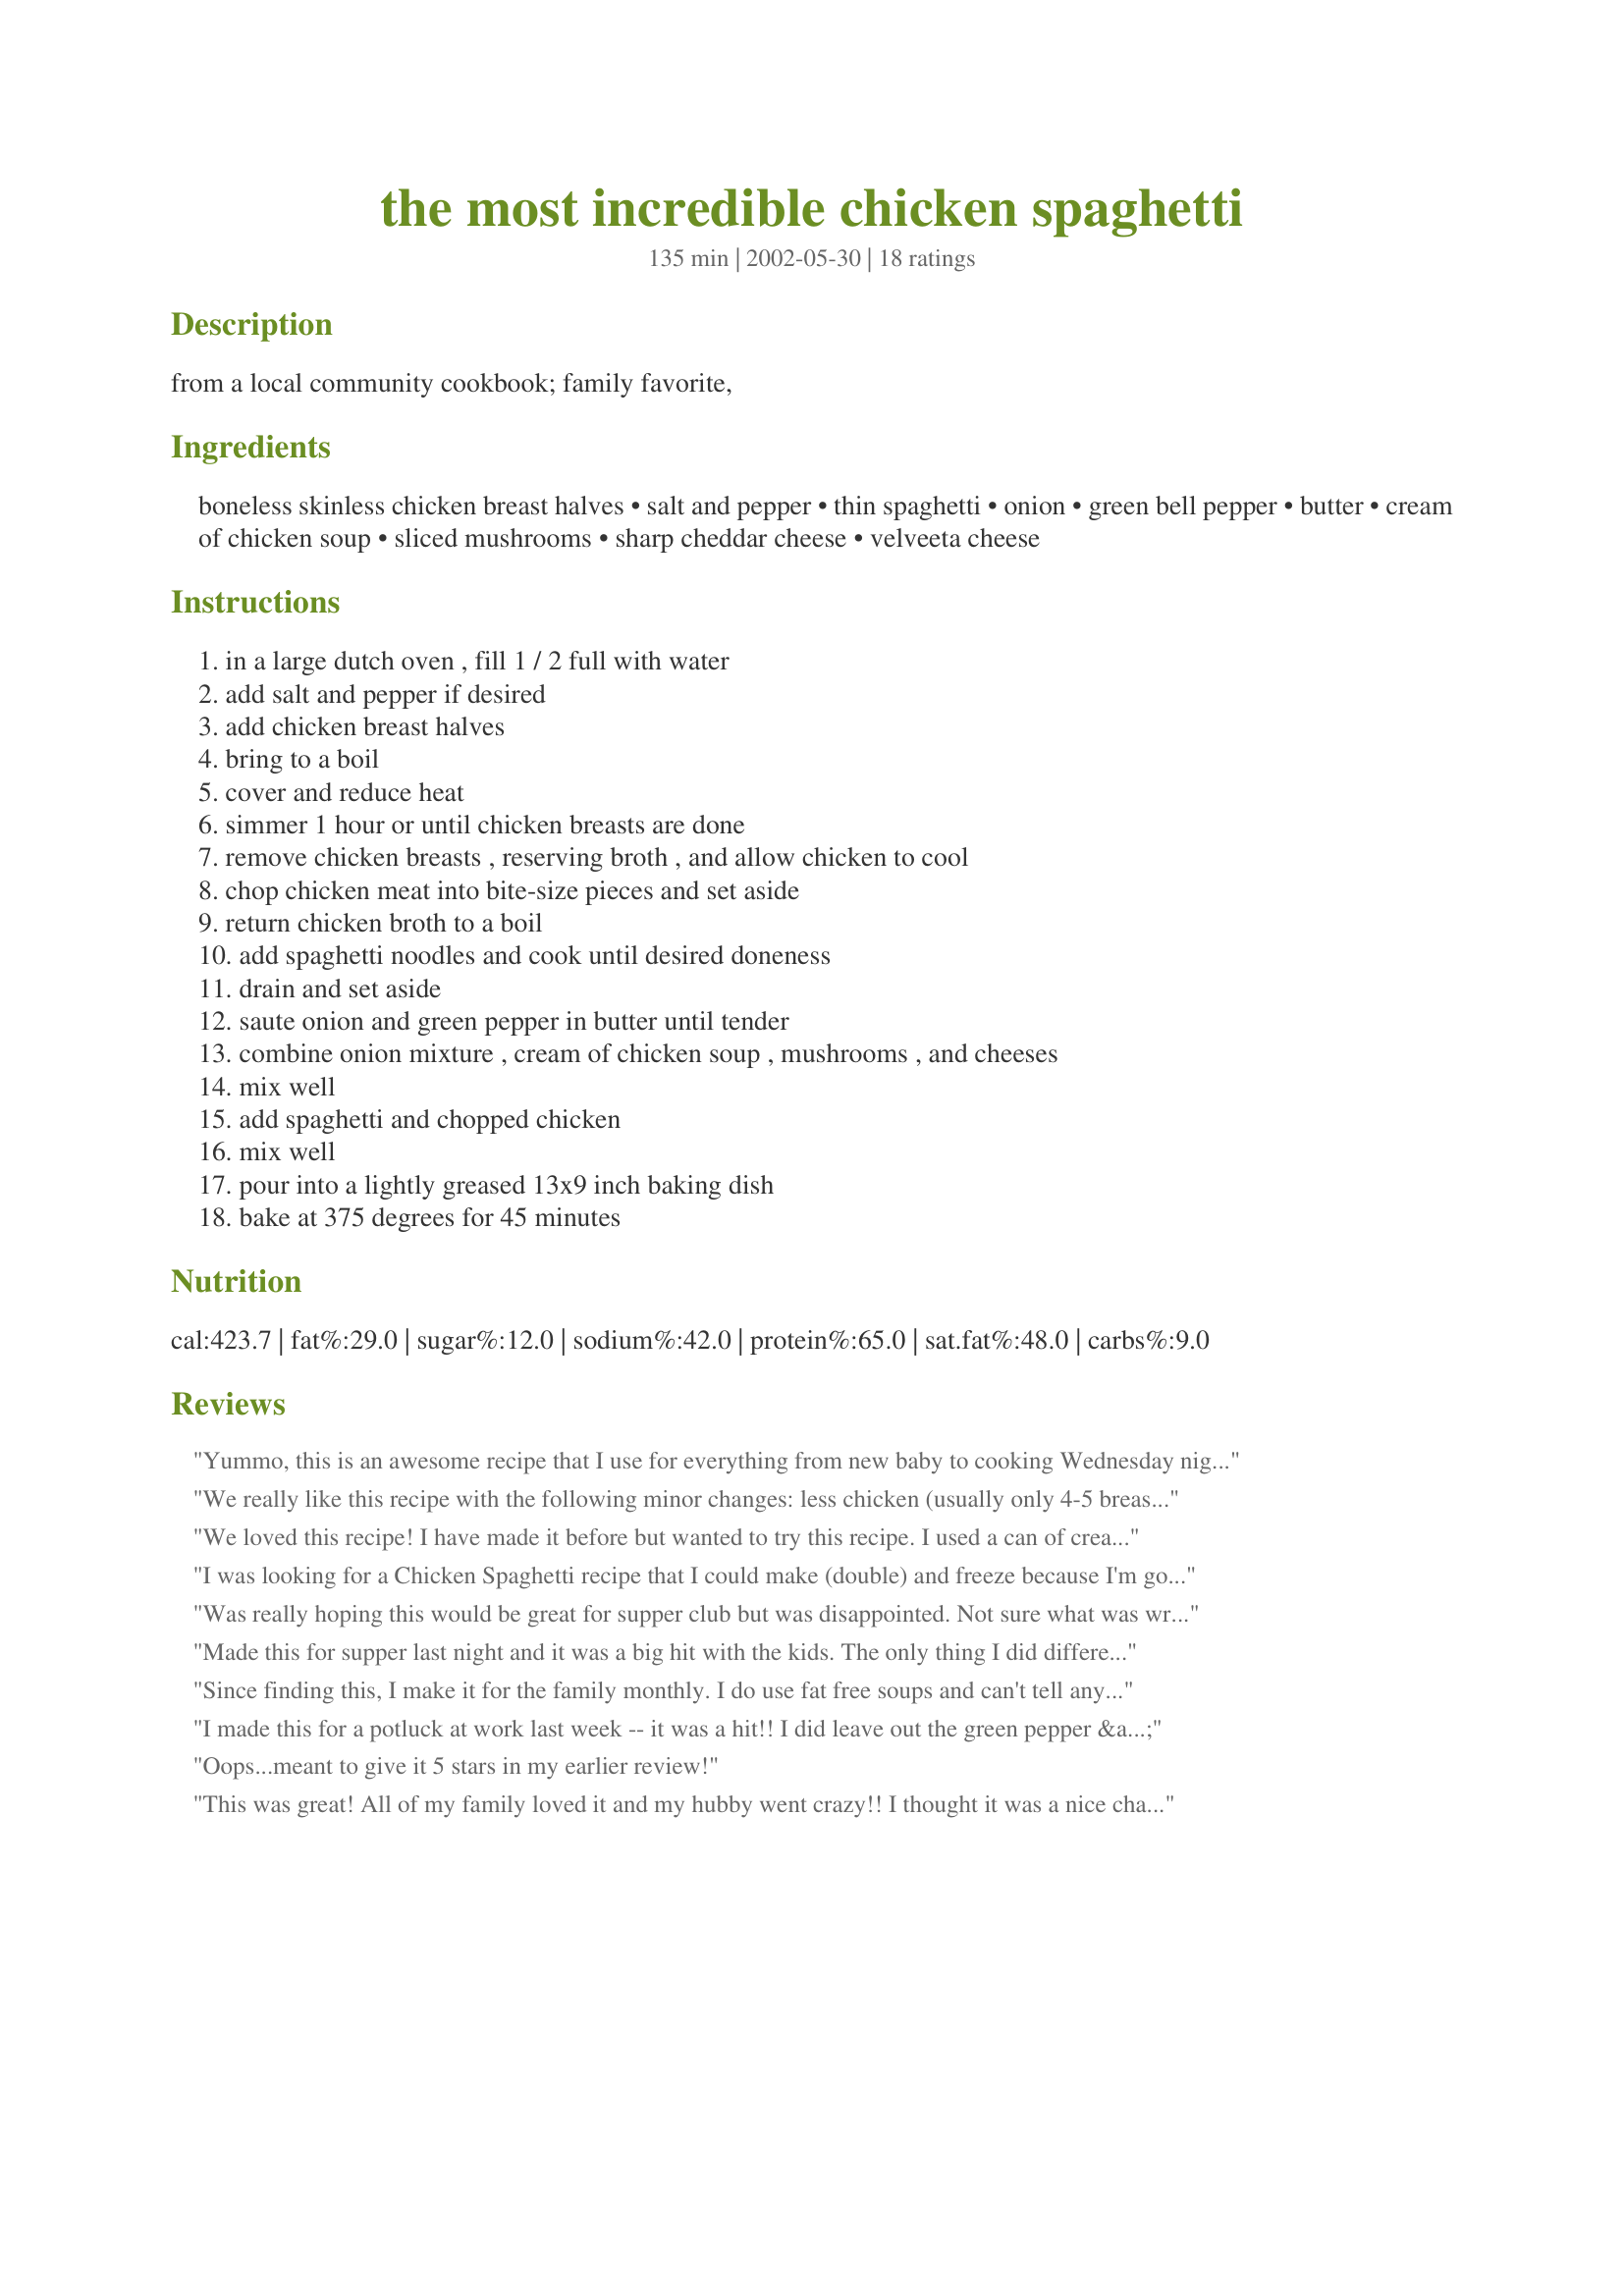
the most incredible chicken spaghetti
Preparation time: 135 minutes

from a local community cookbook; family favorite,

Ingredients:
boneless skinless chicken breast halves, salt and pepper, thin spaghetti, onion, green bell pepper, butter, cream of chicken soup, sliced mushrooms, sharp cheddar cheese, velveeta cheese

Steps:
in a large dutch oven , fill 1 / 2 full with water, add salt and pepper if desired, add chicken breast halves, bring to a boil, cover and reduce heat, simmer 1 hour or until chicken breasts are done, remove chicken breasts , reserving broth , and allow chicken to cool, chop chicken meat into bite-size pieces and set aside, return chicken broth to a boil, add spaghetti noodles and cook until desired doneness, drain and set aside, saute onion and green pepper in butter until tender, combine onion mixture , cream of chicken soup , mushrooms , and cheeses, mix well, add spaghetti and chopped chicken, mix well, pour into a lightly greased 13x9 inch baking dish, bake at 375 degrees for 45 minutes

Reviews:
Yummo, this is an awesome recipe that I use for everything from new baby to cooking Wednesday night suppers for 100 at our church! I use canned chicken for quickness and onion powder instead of onions for "picky" eaters but it is still a HUGE hit!!
We really like this recipe with the following minor changes: less chicken (usually only 4-5 breasts), 1 can Rotel (drained), change 3 cans of cream of chicken soup to 1 each of chicken, mushroom and celery. A little time consuming to make, but worth it!
We loved this recipe! I have made it before but wanted to try this recipe. I used a can of cream of mushroom soup and also added some of the broth before baking so it would not be dry. It was delicious! Thanks!
I was looking for a Chicken Spaghetti recipe that I could make (double) and freeze because I'm going to have surgery next week and my daughter is coming to take care of me with her 3 BOYS! I was happy to see the comment from Faeanne and the good ratings. Can't wait to make this today! I will try to remember to come revise my review once I've tried it. Thanks for posting.
Was really hoping this would be great for supper club but was disappointed. Not sure what was wrong with it, my husband said it was too cheesy but just can't put my finger on why it was not appealing to me. Other chicken spaghetti recipes I see have some type of tomato in it, maybe this would have helped. Sorry. 

Made this for supper last night and it was a big hit with the kids. The only thing I did differently was I sauteed celery with the onion and left out the green pepper, and added about a Tablespoon of chopped roasted red bell pepper more for color than anything. It's definitely a keeper and will make again. Thanks for a great recipe!
Since finding this, I make it for the family monthly. I do use fat free soups and can't tell any difference. Yummy!!!!!
I made this for a potluck at work last week -- it was a hit!! I did leave out the green pepper & while baking, I covered it loosely with foil for the first 30 minutes.
Oops...meant to give it 5 stars in my earlier review!
This was great! All of my family loved it and my hubby went crazy!! I thought it was a nice change from your average spaghetti. Thanks NurseDi!
This was great! I also sauted celery with the onion and bell pepper and doubled the spaghetti and added a can of cream of mushroom soup and a can of rotel for some spice. It was great!
I made this for a potluck, and it was a big hit! When I mixed all the ingredients together, it looked like it might turn out to be a bit dry, but it had lots of sauce and a great flavor. I made a few modifications. I used one can of cream of chicken soup and two cans of cream of mushroom. I left out the green bell pepper and added a can of Rotel. And I added some shredded mozzarella because I didn't have quite enough shredded cheddar. It was scrumptious and pretty easy - the hardest thing was boiling and cutting up the chicken (and that's not hard, just tedious). My husband even liked it, and he's not a big fan of chicken or casseroles! I'll definitely make this again.
This was a recipe I doubled and made OAMC style. I used chicken that I already had cooked & chopped, so preparation was really easy. I followed the directions to step 6. The only deviance I made was I used recipe #18157 in place of the canned soup. After it was all mixed well & cooled off I bagged it into 2 gallon size freezer bags and froze them flat.

I forgot to pull it out of the freezer then night before, so it didn't didn't defrost as long as it should have and the very middle was still slightly frozen. I just broke it into fourths and put those parts in the outside corners of the pan. I sprinkled an italian blend of cheese on top, covered with tin foil and cooked for approx. 45 mins.

We liked it and will make it again. Doing it OAMC style made it super easy and it was a nice change of pace from our normal dinners. I think next time I'm going to serve peas with it (can't put them in because hubby don't like them.)
Very delicious! My family loved it, and it has gone into the "favorite stuff" cookbook. I loved it just the way it is, but I think next time I make it, I'm gonna have to incorporate some cream of mushroom soup into it. And since I'm a cilantro guy, some cilantro for just a touch of color! Thanks NurseDi for a keeper!
This has to be the best chicken spaghetti I've ever had! I halved the recipe using 3 chicken breast and only 1 can of soup, but other thank that I followed the directions exactly. I did cover the dish while baking. The leftovers were even better the next day! Thanks NurseDi for another keeper!
This was excellent. We had it last night for dinner and my hubby wants to have the leftovers again tonight. He's not a leftover kind of guy either! I really enjoyed it. Thank you NurseDi for sharing this.
My 6 year old son was asking for Chicken Spagetti. It was short notice, but choosing a recipe from the chef formerly known as Nurse Di (is that like the artist formerly known as Prince?) was the obvious choice for a winner! I did have to take some shortcuts to get it ready quicker, like dicing the chicken breast and browning it in a bit of oil. I also mixed some chicken broth from a carton in the fridge with some water to boil the noodles. That step is so important to really flavor the noodles! I added a little celery to the onion and green pepper I sauteed, just out of habit, before I realized it wasn't in the recipe. I had 8 oz. of noodles and 1.5 pounds of chicken. I used 2 cans of cream soup...the only 2 I had on hand...One was cream of mushroom, the other cream of celery, and they were both 98% fat free. I stirred in soups into the vegetables, added the mushrooms and cheese, and returned the chicken to the pan. I finally stirred in the hot drained spaghettti. If this recipe is this good when I had to make it quickly (30 minutes start to finish), I can't WAIT to see how good it is when I make it the right way! Thanks for ANOTHER winner!!!!!
very good! thanks for posting.
